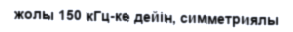
жолы 150 кГц-ке дейін, симметриялы